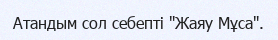
Атандым сол себепті "Жаяу Мұса".